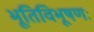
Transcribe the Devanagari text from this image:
भूतिविभूषणः